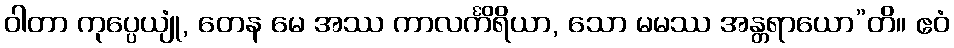
ဝါတာ ကုပ္ပေယျုံ, တေန မေ အဿ ကာလင်္ကိရိယာ, သော မမဿ အန္တရာယော”တိ။ ဧဝံ